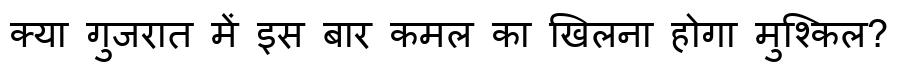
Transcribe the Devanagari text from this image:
क्या गुजरात में इस बार कमल का खिलना होगा मुश्किल?